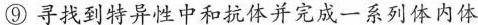
⑨寻找到特异性中和抗体并完成一系列体内体